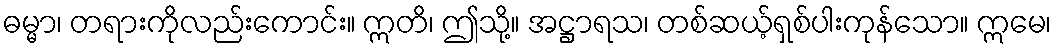
ဓမ္မာ၊ တရားကိုလည်းကောင်း။ ဣတိ၊ ဤသို့။ အဋ္ဌာရသ၊ တစ်ဆယ့်ရှစ်ပါးကုန်သော။ ဣမေ၊